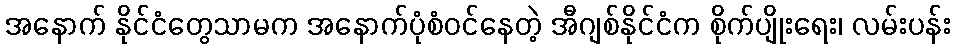
အနောက် နိုင်ငံတွေသာမက အနောက်ပုံစံဝင်နေတဲ့ အီဂျစ်နိုင်ငံက စိုက်ပျိုးရေး၊ လမ်းပန်း